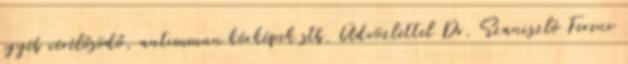
egyéb vérélősödő, autimmun kórképek stb. Üdvözlettel Dr. Szaniszló Ferenc